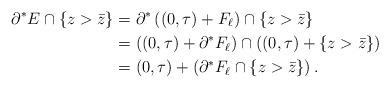
LaTeX: \begin{align*}\partial^{*} E \cap \{z > \bar{z}\} &= \partial^{*} \left((0, \tau) + F_{\ell} \right)\cap \{z > \bar{z}\} \\&= \left( (0,\tau) + \partial^{*} F_{\ell} \right) \cap \left( (0,\tau) + \{z >\bar{z} \} \right) \\&=(0,\tau)+ \left( \partial^{*} F_{\ell}\cap \{ z > \bar{z}\} \right). \end{align*}